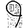
Digit: 9